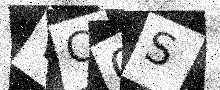
Text: VC0S